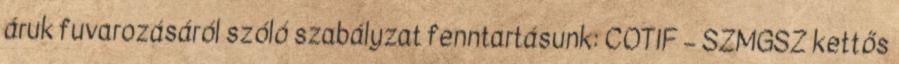
áruk fuvarozásáról szóló szabályzat fenntartásunk: COTIF – SZMGSZ kettős